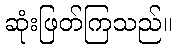
ဆုံးဖြတ်ကြသည်။